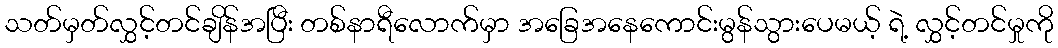
သတ်မှတ်လွှင့်တင်ချိန်အပြီး တစ်နာရီလောက်မှာ အခြေအနေကောင်းမွန်သွားပေမယ့် ရဲ့ လွှင့်တင်မှုကို